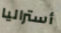
أستراليا